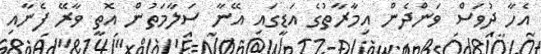
އެހާ ދުވަސް ވަންދެން އިމާރާތުގެ އަޑީގައި އޭނާ ސަލާމަތުން އޮތީ ވާރޭ ފެނާއި